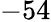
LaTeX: -54